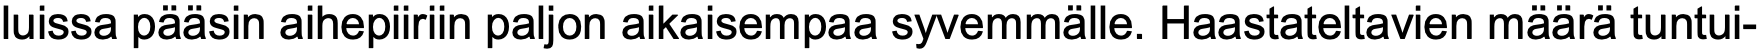
luissa pääsin aihepiiriin paljon aikaisempaa syvemmälle. Haastateltavien määrä tuntui-